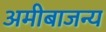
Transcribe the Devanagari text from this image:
अमीबाजन्य